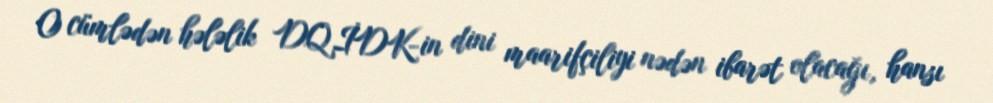
O cümlədən hələlik DQİDK-in dini maarifçiliyi nədən ibarət olacağı, hansı